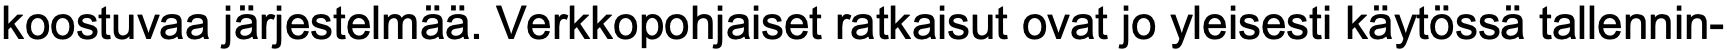
koostuvaa järjestelmää. Verkkopohjaiset ratkaisut ovat jo yleisesti käytössä tallennin-